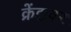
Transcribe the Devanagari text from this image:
क्रेंझवर